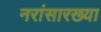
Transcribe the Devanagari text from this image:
नरांसारख्या